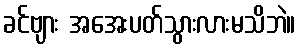
ခင်ဗျား အအေးပတ်သွားလားမသိဘဲ။